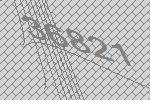
36821